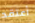
أعتقد